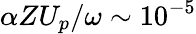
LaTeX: \alpha ZU_{p}/\omega\sim 10^{-5}